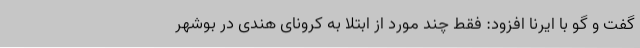
گفت و گو با ایرنا افزود: فقط چند مورد از ابتلا به کرونای هندی در بوشهر